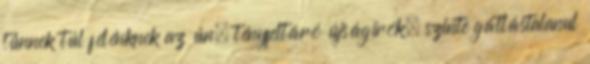
tűnnek túl félénknek az ún. tényfeltáró újságírók, szinte gátlástalanul